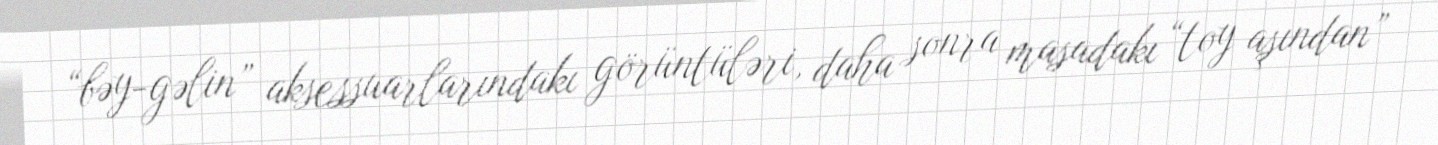
“bəy-gəlin” aksessuarlarındakı görüntüləri, daha sonra masadakı “toy aşından”